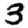
Digit: 3